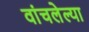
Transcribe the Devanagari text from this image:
वांचलेल्या